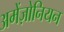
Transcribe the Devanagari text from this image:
अमेंज़ोनियन